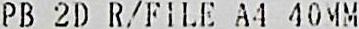
PB 2D R/FILE A4 40MM